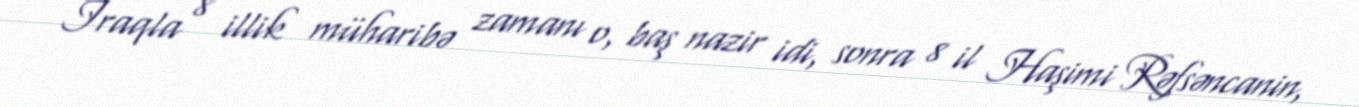
İraqla 8 illik müharibə zamanı o, baş nazir idi, sonra 8 il Haşimi Rəfsəncanin,